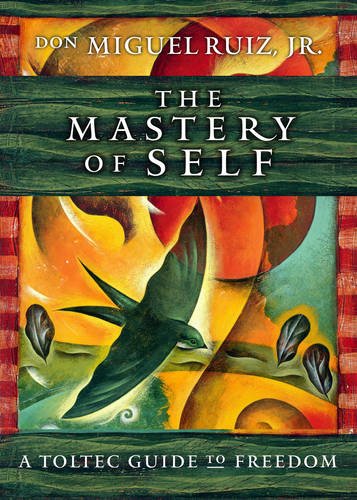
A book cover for The Mastery of Self: A Toltec Guide to Freedom; don Miguel Ruiz Jr.; Politics & Social Sciences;